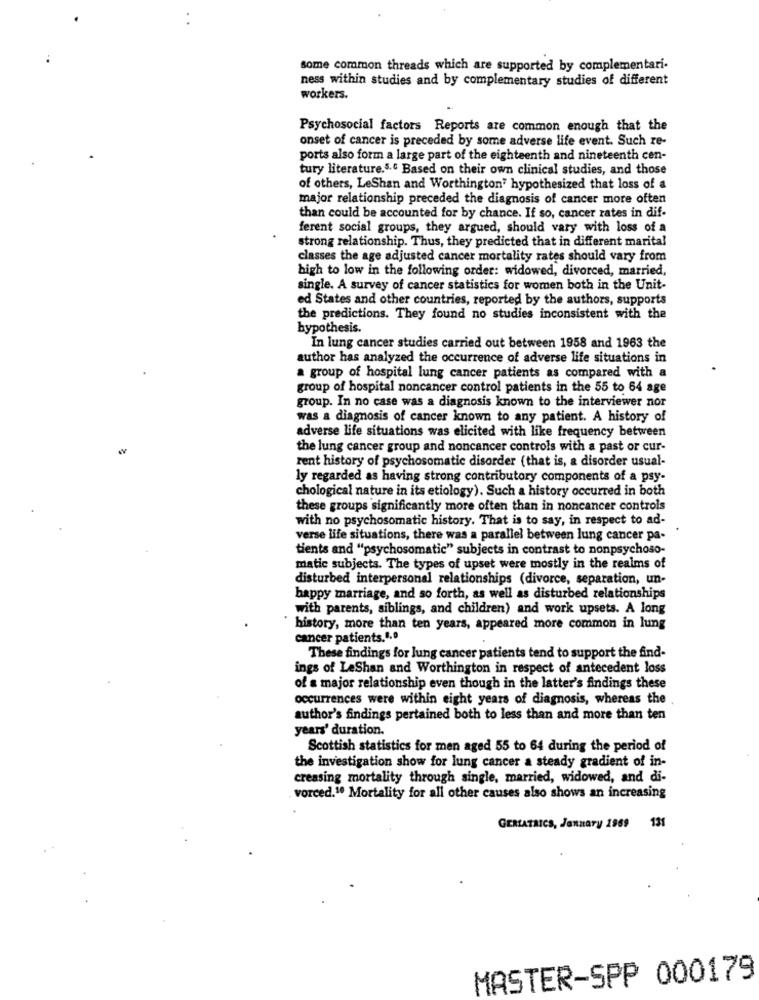
some common threads which are supported by complementari-
ness within studies and by complementary studies of different
workers.
Psychosocial factors Reports are common enough that the
onset of cancer is preceded by some adverse life event. Such re-
ports also form a large part of the eighteenth and nineteenth cen-
tury literature.5.º Based on their own clinical studies, and those
of others, LeShan and Worthington" hypothesized that loss of a
major relationship preceded the diagnosis of cancer more often
than could be accounted for by chance. If so, cancer rates in dif-
ferent social groups, they argued, should vary with loss of a
strong relationship. Thus, they predicted that in different marital
classes the age adjusted cancer mortality rates should vary from
high to low in the following order: widowed, divorced, married,
single. A survey of cancer statistics for women both in the Unit-
ed States and other countries, reported by the authors, supports
the predictions. They found no studies inconsistent with the
hypothesis.
In lung cancer studies carried out between 1958 and 1963 the
author has analyzed the occurrence of adverse life situations in
a group of hospital lung cancer patients as compared with a
group of hospital noncancer control patients in the 55 to 64 age
group. In no case was a diagnosis known to the interviewer nor
was a diagnosis of cancer known to any patient. A history of
adverse life situations was elicited with like frequency between
w
the lung cancer group and noncancer controls with a past or cur-
rent history of psychosomatic disorder (that is, a disorder usual-
ly regarded as having strong contributory components of a psy-
chological nature in its etiology). Such a history occurred in both
these groups significantly more often than in noncancer controls
with no psychosomatic history. That is to say, in respect to ad-
.
verse life situations, there was a parallel between lung cancer pa-
tients and "psychosomatic" subjects in contrast to nonpsychoso-
matic subjects. The types of upset were mostly in the realms of
disturbed interpersonal relationships (divorce, separation, un-
happy marriage, and so forth, as well as disturbed relationships
with parents, siblings, and children) and work upsets. A long
history, more than ten years, appeared more common in lung
cancer patients.4.º
These findings for lung cancer patients tend to support the find-
ings of LeShan and Worthington in respect of antecedent loss
of a major relationship even though in the latter's findings these
occurrences were within eight years of diagnosis, whereas the
author's findings pertained both to less than and more than ten
years' duration.
Scottish statistics for men aged 55 to 64 during the period of
the investigation show for lung cancer a steady gradient of in-
creasing mortality through single, married, widowed, and di-
vorced.1º Mortality for all other causes also shows an increasing
GERIATRICS, January 1969 131
MASTER-SPP 000179